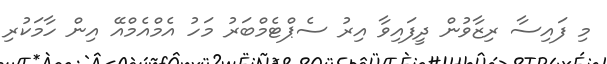
މި ފައިސާ ރިޒާވުން ދީފައިވާ އިރު ސެޕްޓެމްބަރު މަހު އެމްއެމްއޭ އިން ހާމަކުރި